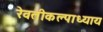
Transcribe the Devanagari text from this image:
रेवतीकल्पाध्याय